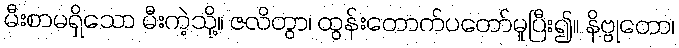
မီးစာမရှိသော မီးကဲ့သို့။ ဇလိတွာ၊ ထွန်းတောက်ပတော်မူပြီး၍။ နိဗ္ဗုတော၊